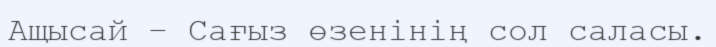
Ащысай – Сағыз өзенінің сол саласы.